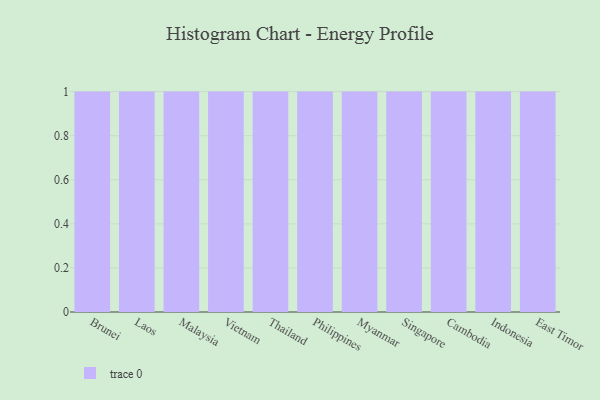
{"axis": {"x": "Country", "y": "Shipments"}, "legend": [""], "data": [{"x": "Brunei", "y": 25, "type": ""}, {"x": "Laos", "y": 33, "type": ""}, {"x": "Malaysia", "y": 86, "type": ""}, {"x": "Vietnam", "y": 47, "type": ""}, {"x": "Thailand", "y": 64, "type": ""}, {"x": "Philippines", "y": 17, "type": ""}, {"x": "Myanmar", "y": 2, "type": ""}, {"x": "Singapore", "y": 64, "type": ""}, {"x": "Cambodia", "y": 100, "type": ""}, {"x": "Indonesia", "y": 18, "type": ""}, {"x": "East Timor", "y": 26, "type": ""}]}